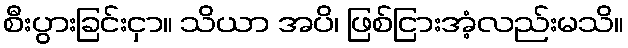
စီးပွားခြင်းငှာ။ သိယာ အပိ၊ ဖြစ်ငြားအံ့လည်းမသိ။